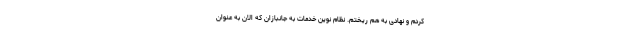
کردم و نهادی به هم ریختم. نظام نوین خدمات به جانبازان که الان به عنوان